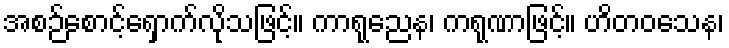
အစဉ်စောင့်ရှောက်လိုသဖြင့်။ ကာရုညေန၊ ကရုဏာဖြင့်။ ဟိတဝသေန၊